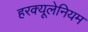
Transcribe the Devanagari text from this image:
हरक्यूलेनियम